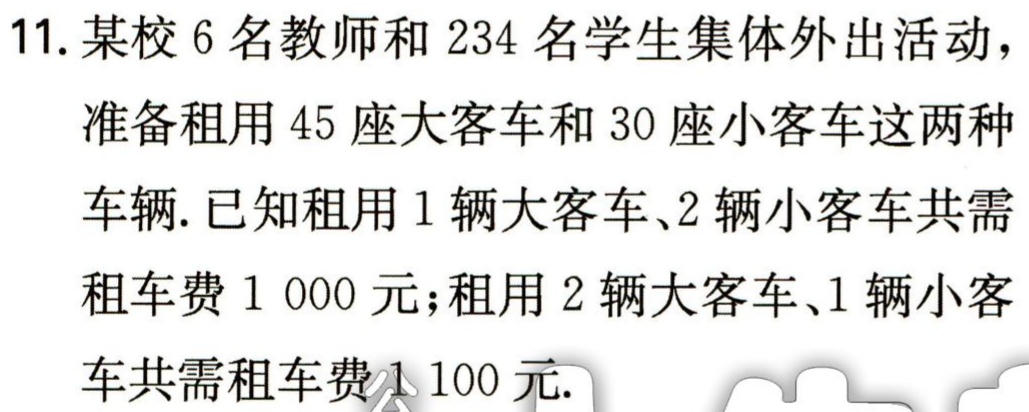
11. 某校 6 名教师和 234 名学生集体外出活动，

准备租用 45 座大客车和 30 座小客车这两种

车辆. 已知租用 1 辆大客车、2 辆小客车共需

租车费 1 000 元；租用 2 辆大客车、1 辆小客

车共需租车费1 100 元.